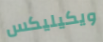
ويكيليكس